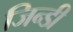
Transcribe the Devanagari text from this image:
जिन्डी